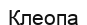
Клеопа